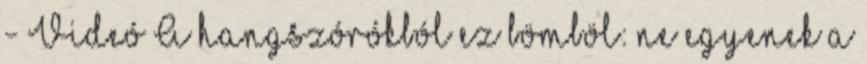
- Videó A hangszórókból ez bömböl: ne egyenek a